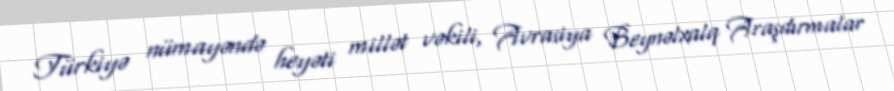
Türkiyə nümayəndə heyəti millət vəkili, Avrasiya Beynəlxalq Araşdırmalar